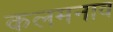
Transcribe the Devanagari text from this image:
कलमनाव